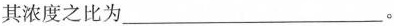
其浓度之比为___。